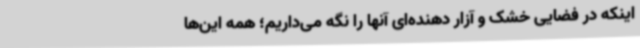
اینکه در فضایی خشک و آزار دهنده‌ای آنها را نگه می‌داریم؛ همه این‌ها